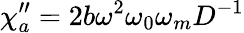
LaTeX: \chi_{a}^{\prime\prime}=2b\omega^{2}\omega_{0}\omega_{m}D^{-1}